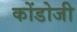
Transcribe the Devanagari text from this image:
कोंडोजी